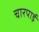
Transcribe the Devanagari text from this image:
चारपार्इ